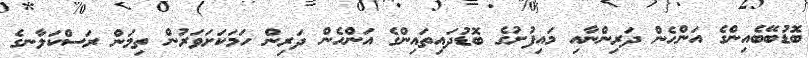
ބޮޑުބޭބެއިންގެ އަންހެން ދަރިންނާއި މައިފުށުގެ ބޮޑުދައިތައިންގެ އަންހެން ދަރިން ހަމަކަށަވަރުން ތިމަން ރަސްކަލާނގެ